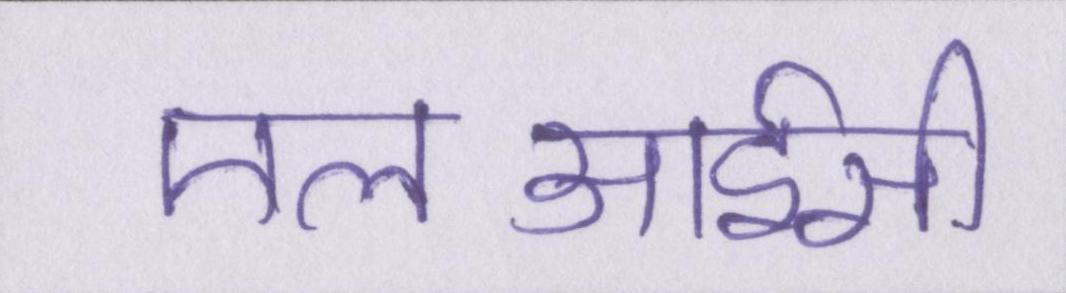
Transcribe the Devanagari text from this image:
एलआईसी